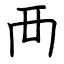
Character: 襾